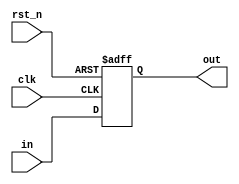
module uv_pipe
#(
    parameter PIPE_WIDTH = 1,
    parameter PIPE_STAGE = 1
)
(
    input                   clk,
    input                   rst_n,
    input  [PIPE_WIDTH-1:0] in,                  
    output [PIPE_WIDTH-1:0] out
);

    localparam UDLY = 1;
    localparam REG_STAGE = PIPE_STAGE == 0 ? 1 : PIPE_STAGE;
    genvar i;

    reg [PIPE_WIDTH-1:0] pipe_r[0:REG_STAGE-1];

    generate
        if (PIPE_STAGE == 0) begin: gen_no_pipe
            assign out = in;
        end
        else begin: gen_pipe
            always @(posedge clk or negedge rst_n) begin
                if (~rst_n) begin
                    pipe_r[0] <= {PIPE_WIDTH{1'b0}};
                end
                else begin
                    pipe_r[0] <= #UDLY in;
                end
            end

            for (i = 1; i < PIPE_STAGE; i = i + 1) begin: gen_pipe_regs
                always @(posedge clk or negedge rst_n) begin
                    if (~rst_n) begin
                        pipe_r[i] <= {PIPE_WIDTH{1'b0}};
                    end
                    else begin
                        pipe_r[i] <= #UDLY pipe_r[i-1];
                    end
                end
            end

            assign out = pipe_r[PIPE_STAGE-1];
        end
    endgenerate

endmodule